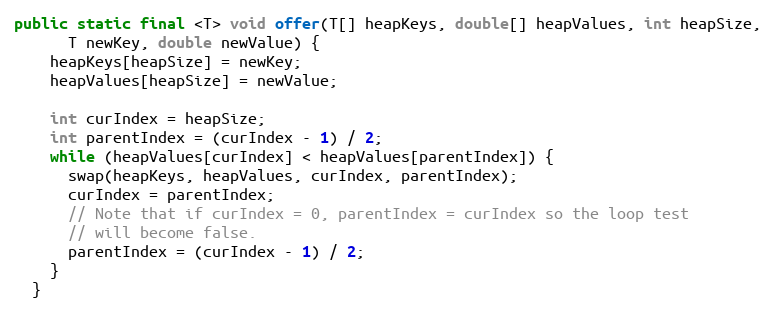
Language: Java
public static final <T> void offer(T[] heapKeys, double[] heapValues, int heapSize,
      T newKey, double newValue) {
    heapKeys[heapSize] = newKey;
    heapValues[heapSize] = newValue;

    int curIndex = heapSize;
    int parentIndex = (curIndex - 1) / 2;
    while (heapValues[curIndex] < heapValues[parentIndex]) {
      swap(heapKeys, heapValues, curIndex, parentIndex);
      curIndex = parentIndex;
      // Note that if curIndex = 0, parentIndex = curIndex so the loop test
      // will become false.
      parentIndex = (curIndex - 1) / 2;
    }
  }